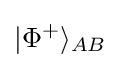
|\Phi ^{+}\rangle _{AB}